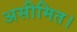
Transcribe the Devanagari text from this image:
असीमित।